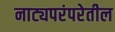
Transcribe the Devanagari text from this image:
नाट्यपरंपरेतील